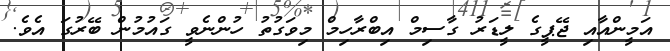
އަމީންއާއި ޖޭޕީގެ ލީޑަރު ގާސިމް އިބްރާހިމް މިވަގުތު ހުންނެވީ ގައުމުން ބޭރުގަ އެވެ.